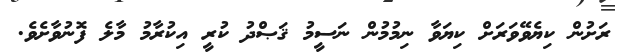
ރަށުން ކިޔެވޭވަރަށް ކިޔަވާ ނިމުމުން ނަސީމު ޤަޞްދު ކުރީ އިކުރާމު މާލެ ފޮނުވާށެވެ.